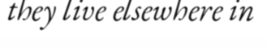
they live elsewhere in